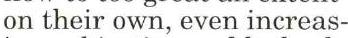
on their own, even increas-